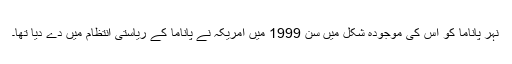
نہر پاناما کو اس کی موجودہ شکل میں سن 1999 میں امریکہ نے پاناما کے ریاستی انتظام میں دے دیا تھا۔